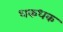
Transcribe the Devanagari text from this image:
धकधक